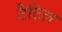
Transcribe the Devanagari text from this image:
टैटिल